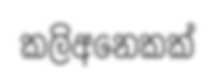
කලිඅනෙකක්